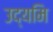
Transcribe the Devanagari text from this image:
उद्यमि